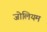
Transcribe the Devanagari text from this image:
जोलियम